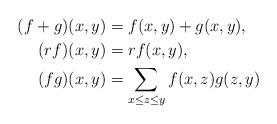
LaTeX: \begin{align*}(f+g)(x,y)&=f(x,y)+g(x,y),\\(rf)(x,y)&=rf(x,y),\\(fg)(x,y)&=\sum_{x\le z\le y}f(x,z)g(z,y)\end{align*}